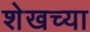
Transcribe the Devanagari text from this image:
शेखच्या